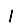
Digit: 1